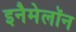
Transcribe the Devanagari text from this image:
इनैमेलॉन